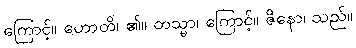
ကြောင့်။ ဟောတိ၊ ၏။ တသ္မာ၊ ကြောင့်။ ဇိနော၊ သည်။